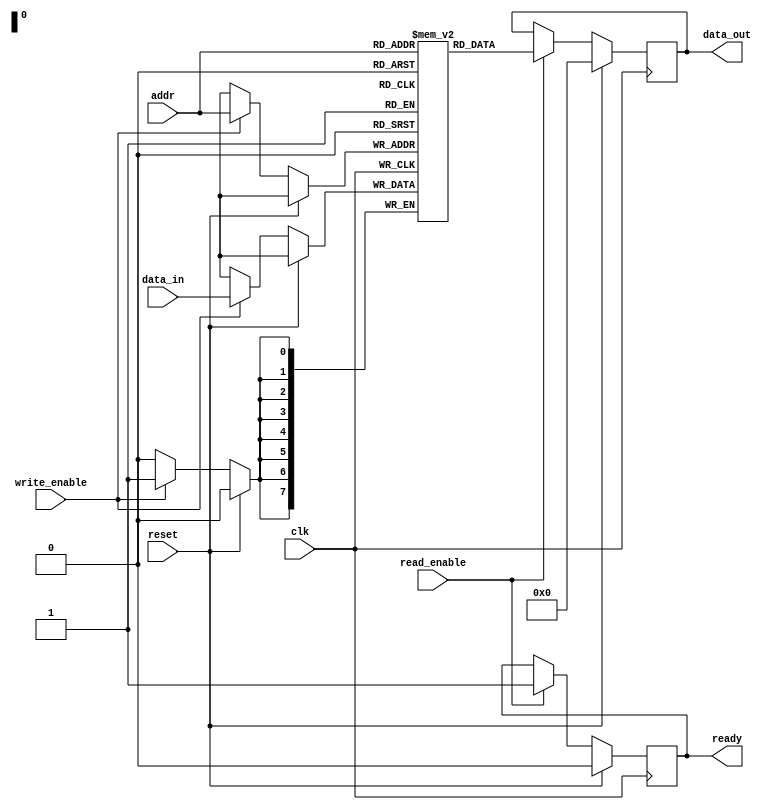
module QDR_SRAM (
   input wire clk,
   input wire reset,
   input wire read_enable,
   input wire write_enable,
   input wire [7:0] data_in,
   output reg [7:0] data_out,
   input wire [7:0] addr,
   output reg ready
);

reg [7:0] memory [0:255];
integer i;

always @(posedge clk) begin
   if (reset) begin
      ready <= 0;
      data_out <= 8'b0;
   end else begin
      if (read_enable) begin
         data_out <= memory[addr];
         ready <= 1;
      end
      if (write_enable) begin
         memory[addr] <= data_in;
      end
   end
end

endmodule